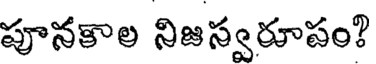
పూనకాల నిజస్వరూపం?